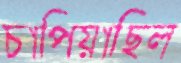
চাপিয়াছিল